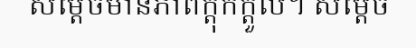
សម្តេចមានភាពក្តុកក្តួល។ សម្តេច